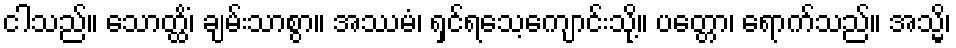
ငါသည်။ သောတ္ထိံ၊ ချမ်းသာစွာ။ အဿမံ၊ ရှင်ရသေ့ကျောင်းသို့။ ပတ္တော၊ ရောက်သည်။ အသ္မိ၊